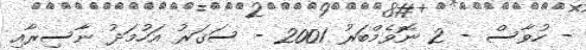
- ހުވާސް - 2 ނޮވެމްބަރު 2001 - ސަގަރު އަހުމަދު ނާސިރާއި